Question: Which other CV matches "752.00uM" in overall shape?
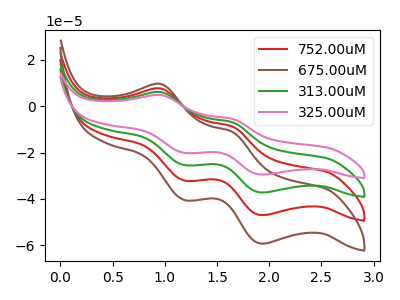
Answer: <think>The red curve "752.00uM" has anodic peaks at (0.95V, 11.90uA) (1.65V, -14.00uA) and cathodic peaks at (1.20V, -50.80uA) (1.95V, -74.45uA). The brown curve "675.00uM" has anodic peaks at (0.95V, 17.85uA) (1.65V, -21.00uA) and cathodic peaks at (1.20V, -76.25uA) (1.95V, -111.65uA). The green curve "313.00uM" has anodic peaks at (0.95V, 5.95uA) (1.65V, -7.00uA) and cathodic peaks at (1.20V, -25.40uA) (1.95V, -37.20uA). The pink curve "325.00uM" has anodic peaks at (0.95V, 4.70uA) (1.65V, -5.55uA) and cathodic peaks at (1.20V, -20.15uA) (1.95V, -29.50uA).
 All the peaks in "752.00uM" have a peak in "675.00uM" at the same potential. All the peaks in "752.00uM" have a peak in "313.00uM" at the same potential. All the peaks in "752.00uM" have a peak in "325.00uM" at the same potential. All the peaks in "675.00uM" have a peak in "313.00uM" at the same potential. All the peaks in "675.00uM" have a peak in "325.00uM" at the same potential. All the peaks in "313.00uM" have a peak in "325.00uM" at the same potential.</think>
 <answer>"752.00uM", "675.00uM" and "313.00uM" have a similar shape to "325.00uM".</answer>
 <eval>"752.00uM" "675.00uM" "313.00uM"</eval>